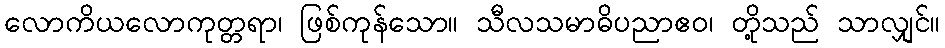
လောကိယလောကုတ္တရာ၊ ဖြစ်ကုန်သော။ သီလသမာဓိပညာဧဝ၊ တို့သည် သာလျှင်။